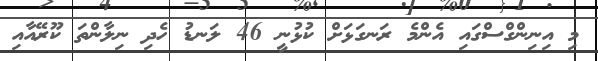
މި އިނިންގްސްގައި އެންމެ ރަނގަޅަށް ކުޅުނީ 46 ލަނޑު ހެދި ނިލާންތަ ކޫރޭއާއި